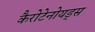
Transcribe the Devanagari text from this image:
कैरोटेनोयड्स